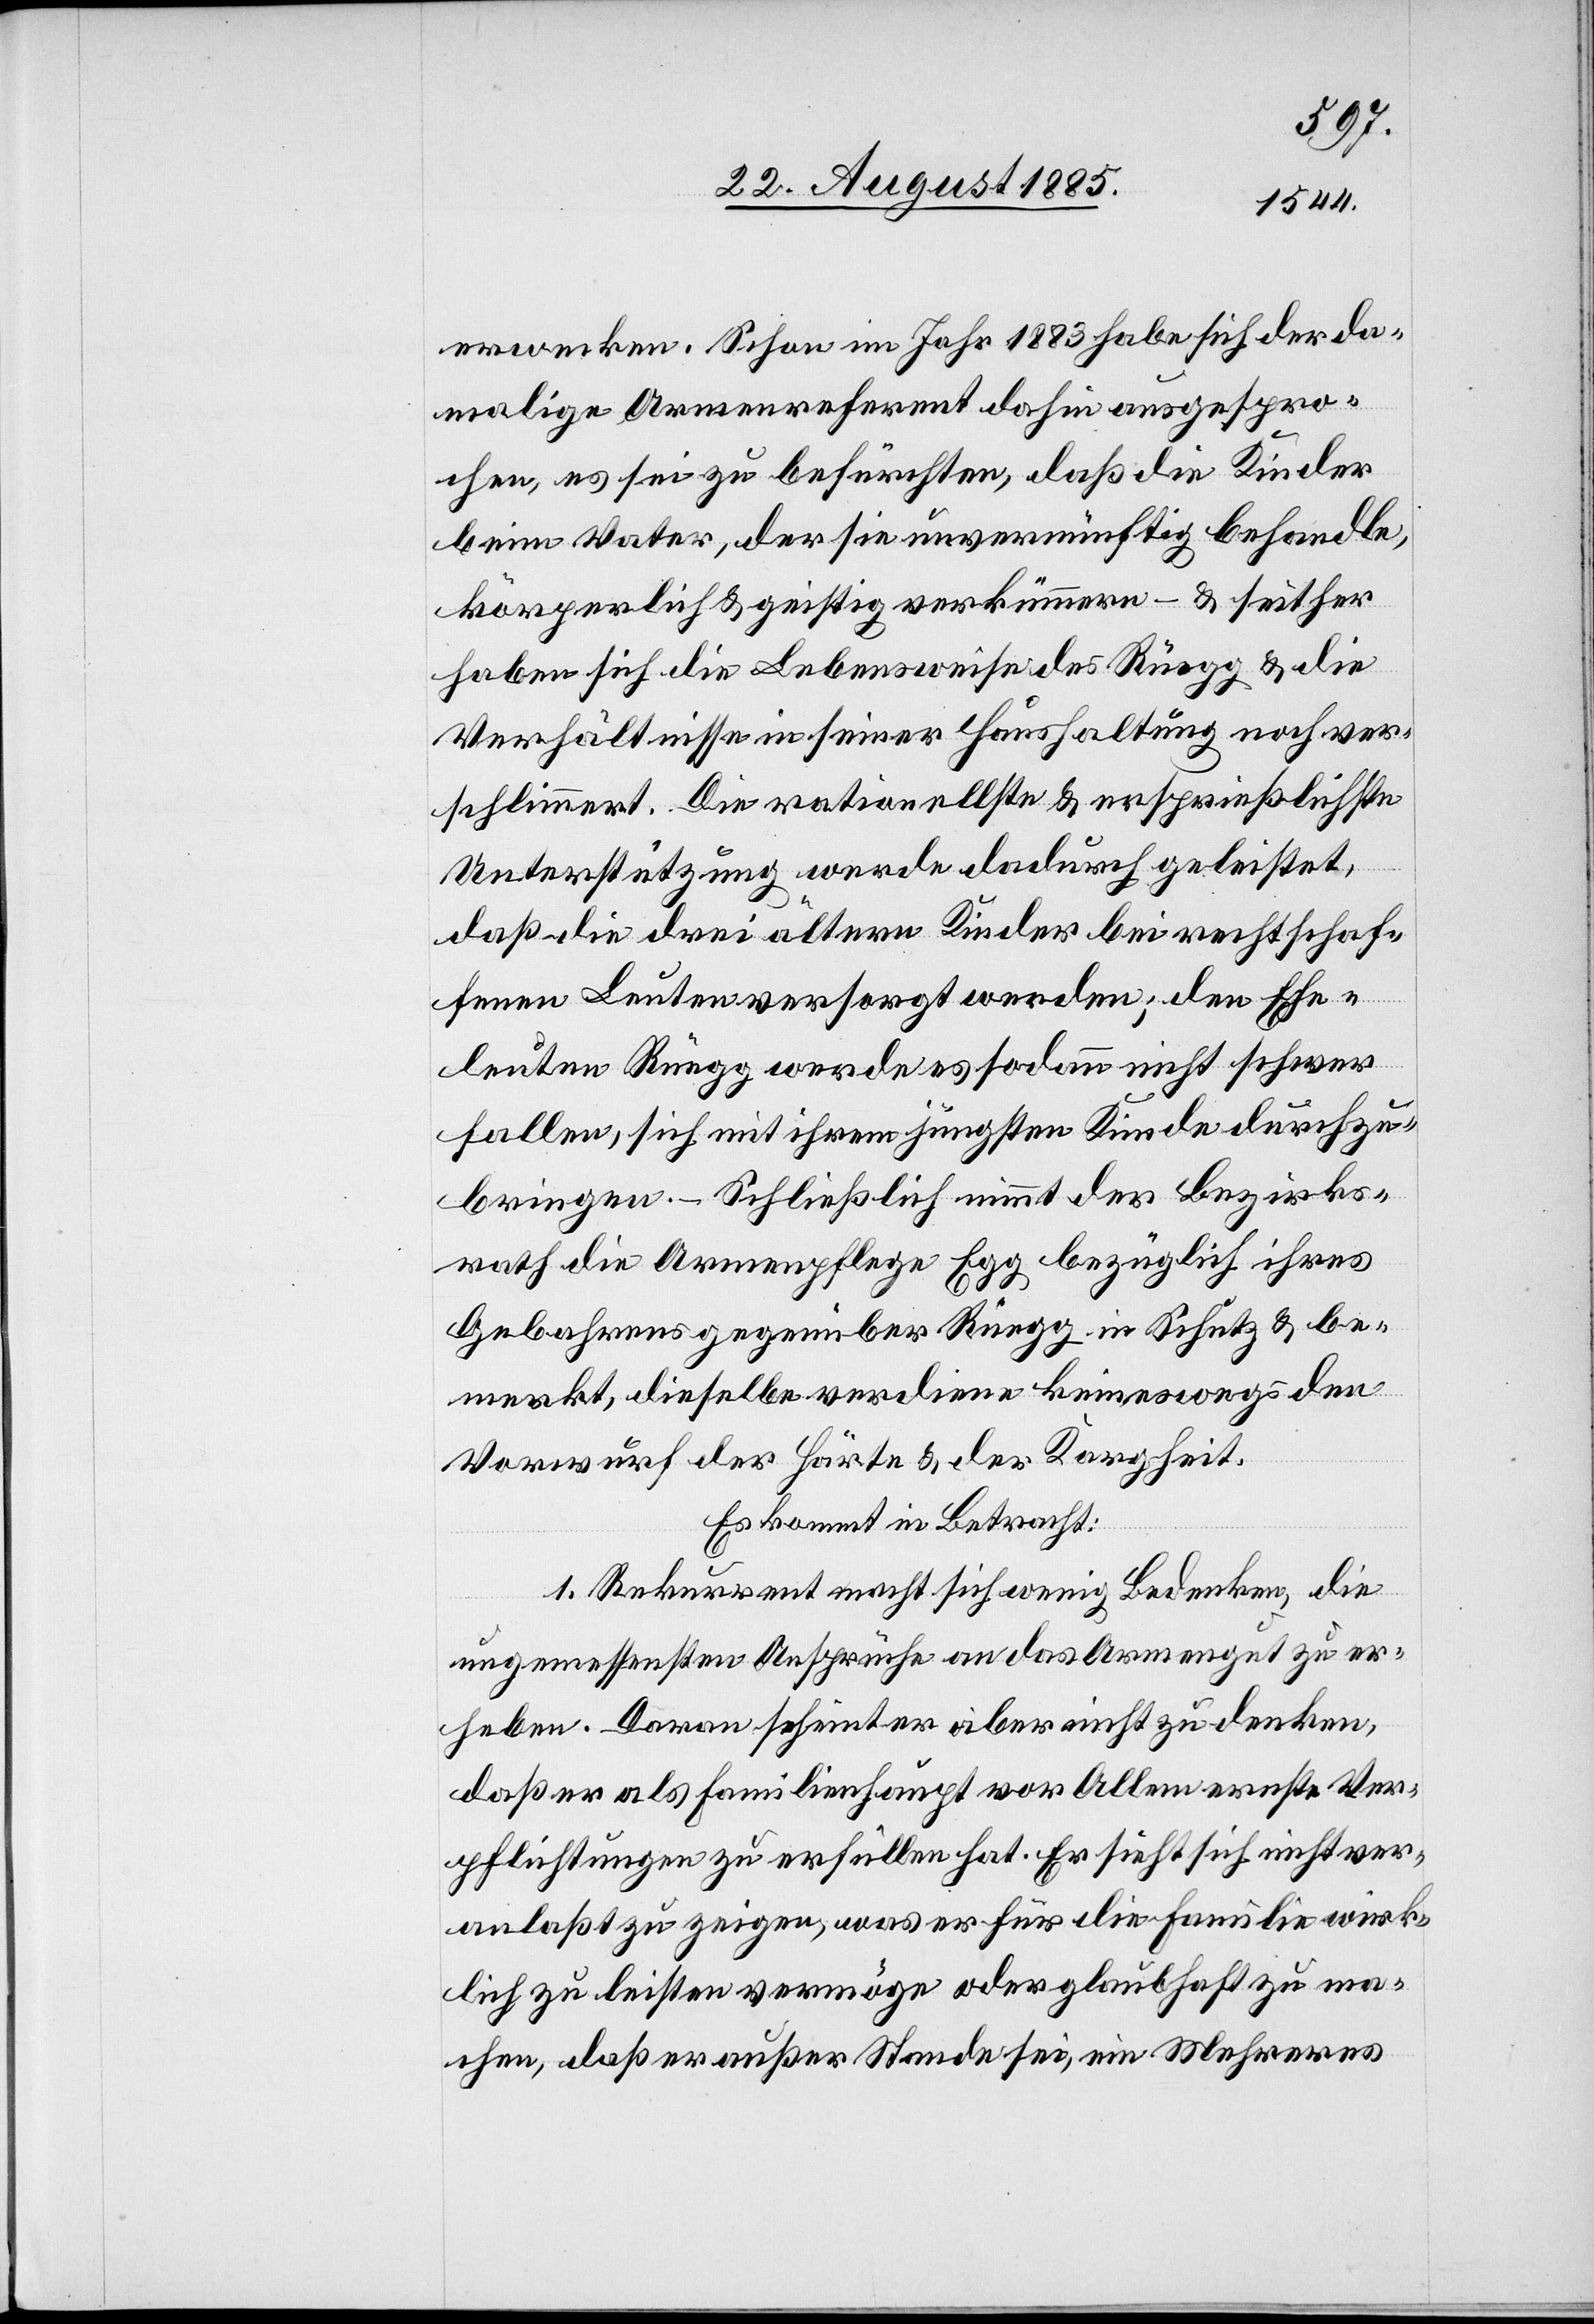
erwecken. Schon im Jahr 1883 habe sich der da¬
malige Armenreferent dahin ausgespro¬
chen, es sei zu befürchten, daß die Kinder
beim Vater, der sie unvernünftig behandle,
körperlich & geistig verkümmern – & seither
haben sich die Lebensweise des Rüegg & die
Verhältnisse in seiner Haushaltung noch ver¬
schlimmert. Die rationellste & ersprießlichste
Unterstützung werde dadurch geleistet,
daß die drei ältern Kinder bei rechtschaf¬
fenen Leuten versorgt werden; den Ehe¬
leuten Rüegg werde es sodann nicht schwer
fallen, sich mit ihrem jüngsten Kinde durchzu¬
bringen. – Schließlich nimmt der Bezirks¬
rath die Armenpflege Egg bezüglich ihres
Gebahrens gegenüber Rüegg in Schutz & be¬
merkt, dieselbe verdiene keineswegs den
Vorwurf der Härte & der Kargheit.
Es kommt in Betracht:
1. Rekurrent macht sich wenig Bedenken, die
ungemessensten Ansprüche an das Armengut zu er¬
heben. Daran scheint er aber nicht zu denken,
daß er als Familienhaupt vor Allem ernste Ver¬
pflichtungen zu erfüllen hat. Er sieht sich nicht ver¬
anlaßt zu zeigen, was er für die Familie wirk¬
lich zu leisten vermöge oder glaubhaft zu ma¬
chen, daß er außer Stande sei, ein Mehreres